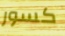
كسور